NAE_ERA_R-30_Eesti_Riiklik_Spordiamet, lk 138
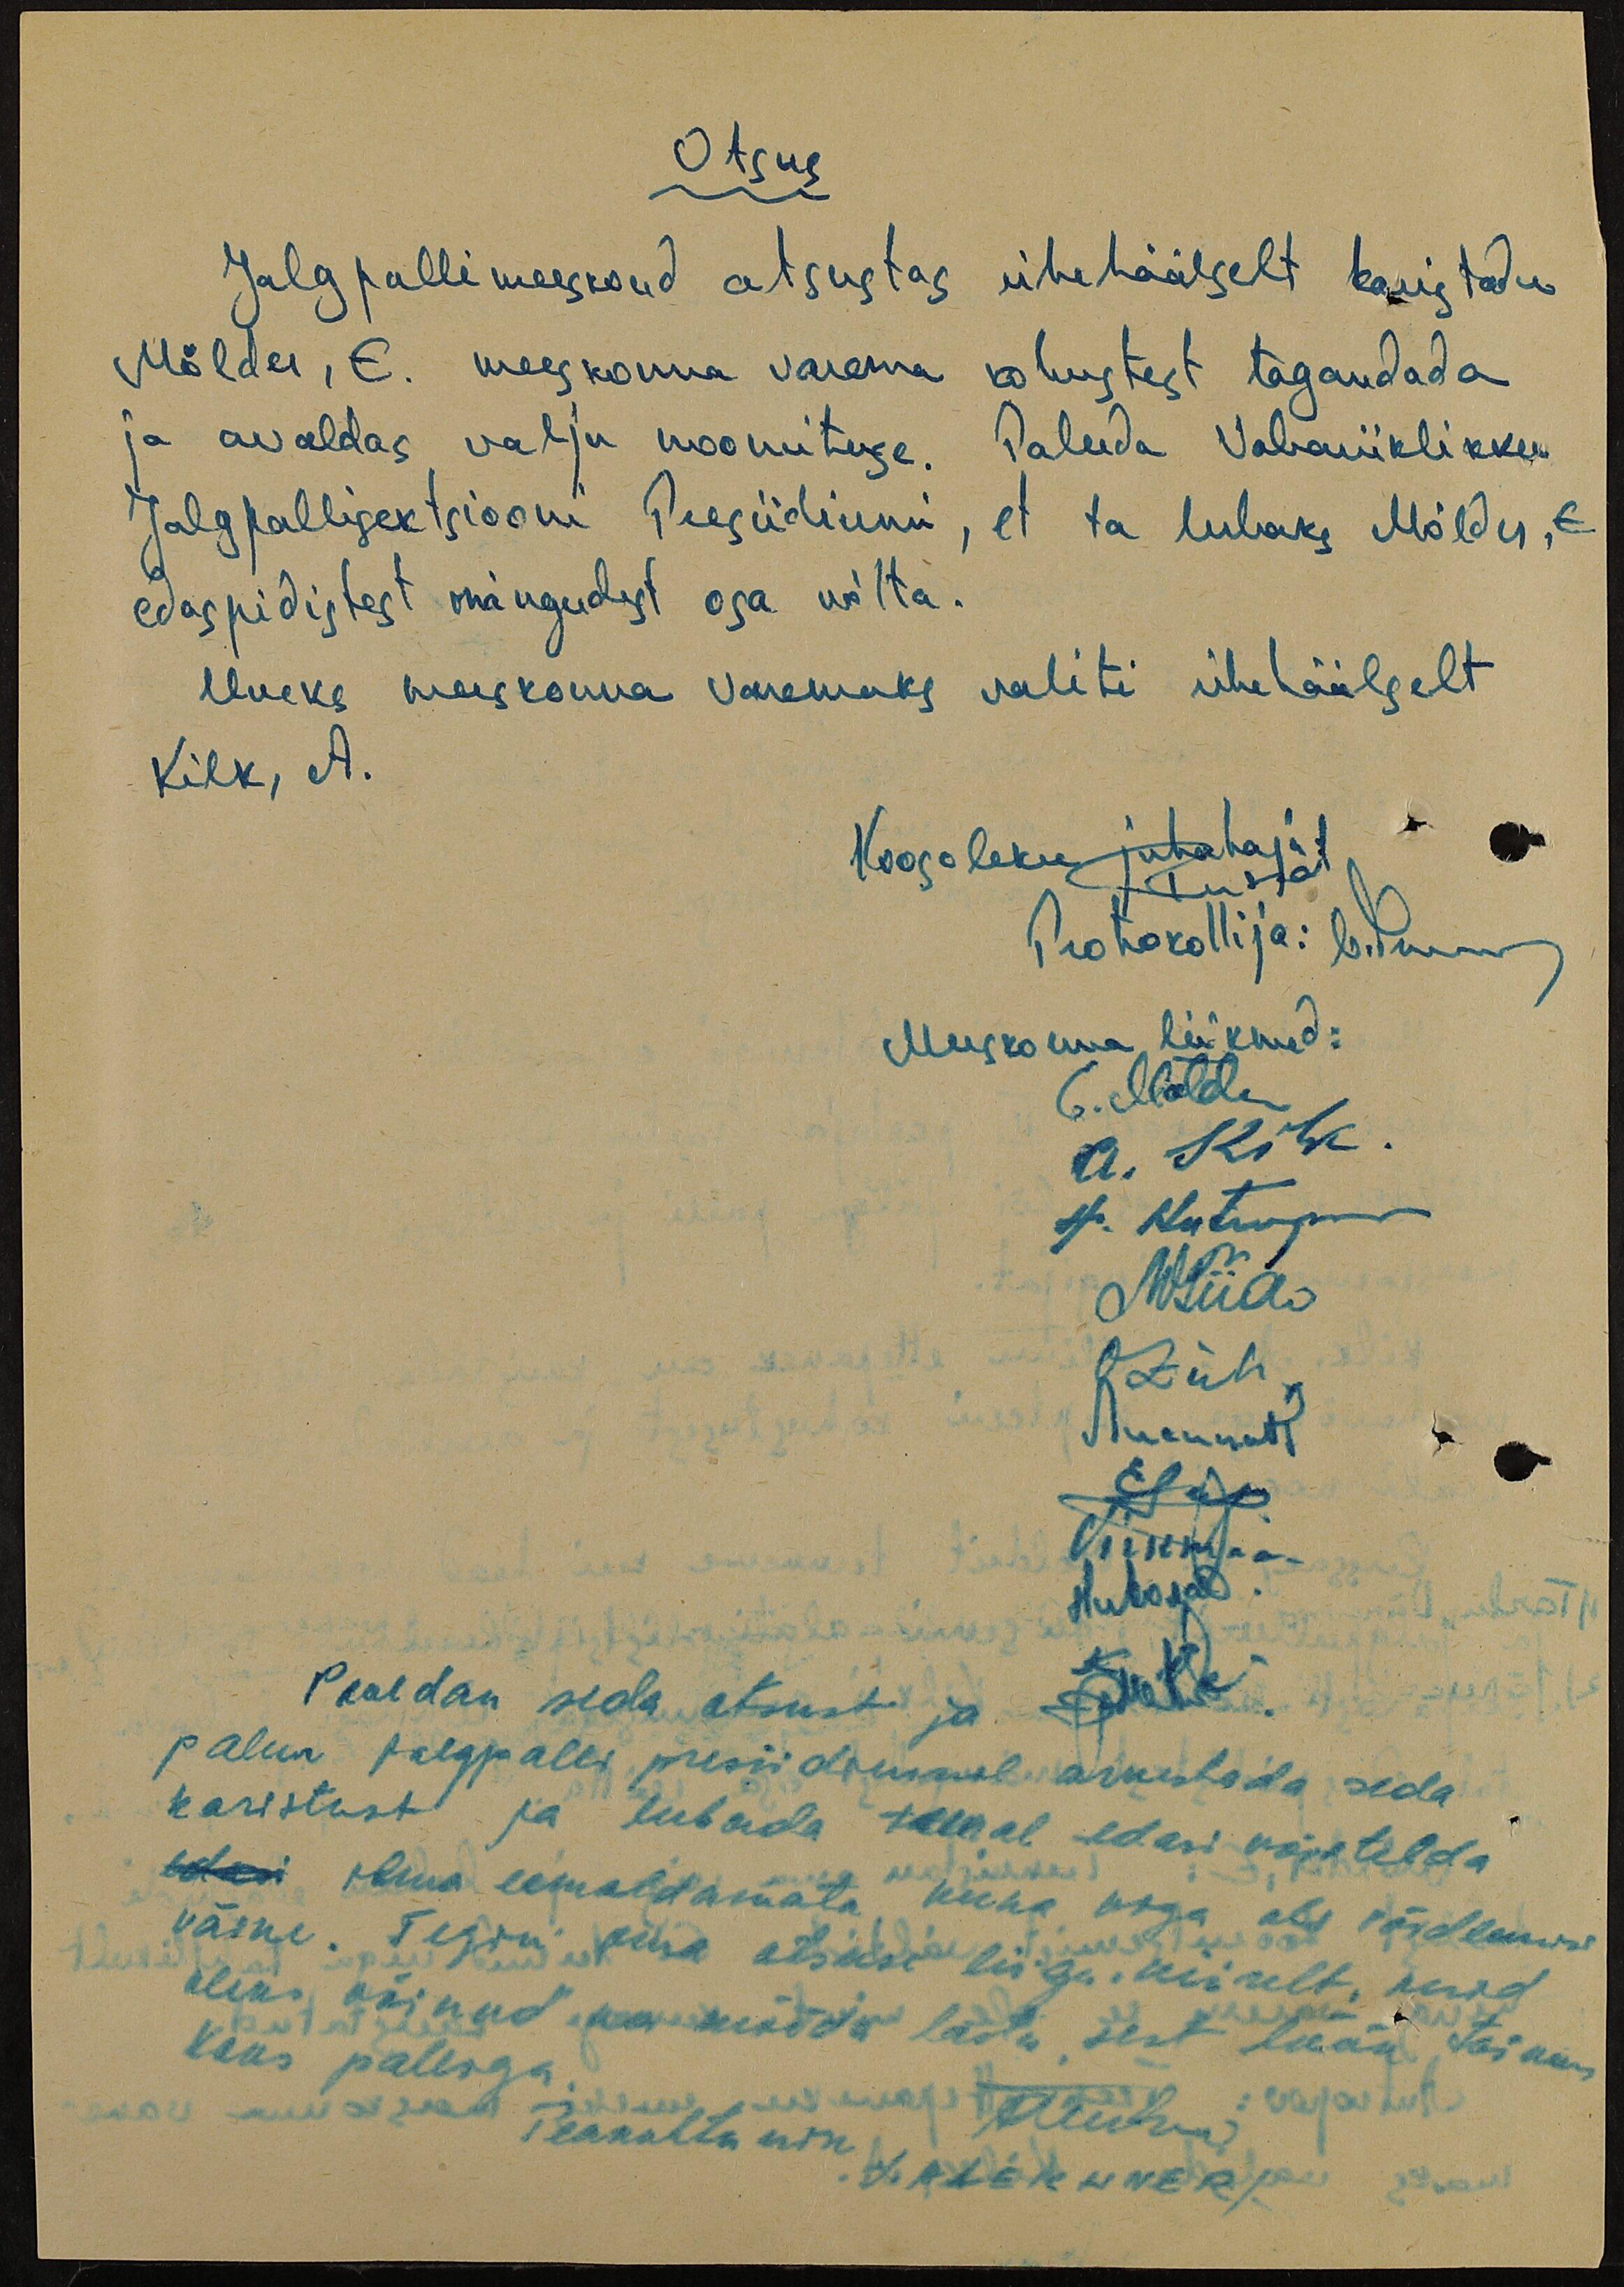
Otsus
Jalgpallimeeskond otsustas ühehäälselt karistada
Mölder, E. meeskonna vanema kohustest tagandada
ja avaldas valju noomituse. Paluda Vabariiklikku
Jalgpallisektsiooni Presiidiumi, et ta lubaks Mölder, E
edaspidistest mängudest osa võtta.
Uueks meeskonna vanemaks valiti ühehäälselt
Kilk, A.
Koosoleku juhataja:
Protokollija:
Meeskonna liikmed:
E. Mölder.
A. Kilk.
A. Antropov
OZiehr
Viikmaa
Pooldan seda otsust ja
palun jalgpalli presiidiumil arvestada seda
karistust ja lubada temal edasi võistelda
edasi ilma eemaldamata kuna viga oli võrdlemisi
väike. Tegin oma otsuse liiga kiirelt, kuid
oleks võinud ka mööda lasta, sest löök toimus
koos palliga.
Peakohtunik
ALEICHNER